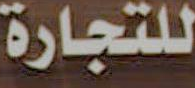
للتجارة